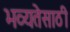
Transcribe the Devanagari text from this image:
भव्यतेसाठी